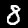
Digit: 8